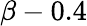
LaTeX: \beta-0.4